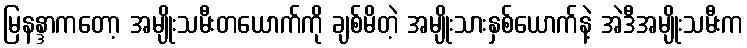
မြနန္ဒာကတော့ အမျိုးသမီးတယောက်ကို ချစ်မိတဲ့ အမျိုးသားနှစ်ယောက်နဲ့ အဲဒီအမျိုးသမီးက